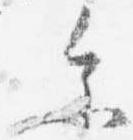
参